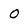
Character: O